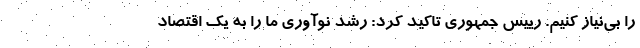
را بی‌نیاز کنیم. رییس جمهوری تاکید کرد: رشد نوآوری ما را به یک اقتصاد